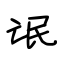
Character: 氓